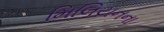
મિલિયનના